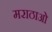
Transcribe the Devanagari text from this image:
मराठाओ